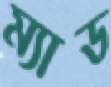
ম্যাড